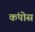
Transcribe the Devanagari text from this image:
कंपोस